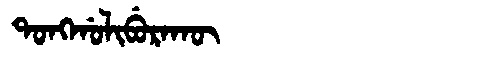
Manchu: ᡨᠣᠩᡤᠣᠯᡳᠪᡠᡵᠠᡴᡡ
Romanization: TONGGOLIBURAKŪ